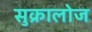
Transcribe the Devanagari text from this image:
सुक्रालोज